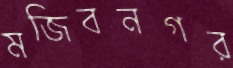
মজিবনগর